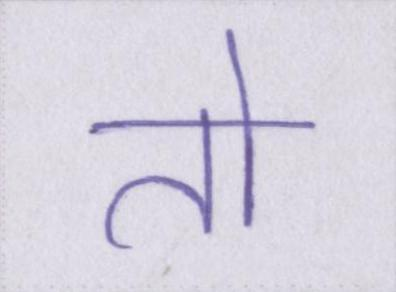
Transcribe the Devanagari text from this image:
तो